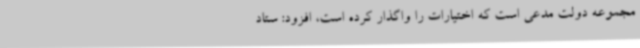
مجموعه دولت مدعی است که اختیارات را واگذار کرده است، افزود: ستاد